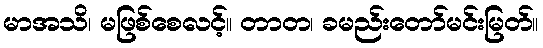
မာအသိ၊ မဖြစ်စေလင့်။ တာတ၊ ခမည်းတော်မင်းမြတ်။